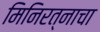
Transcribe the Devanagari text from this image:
मिनिरत्नाचा